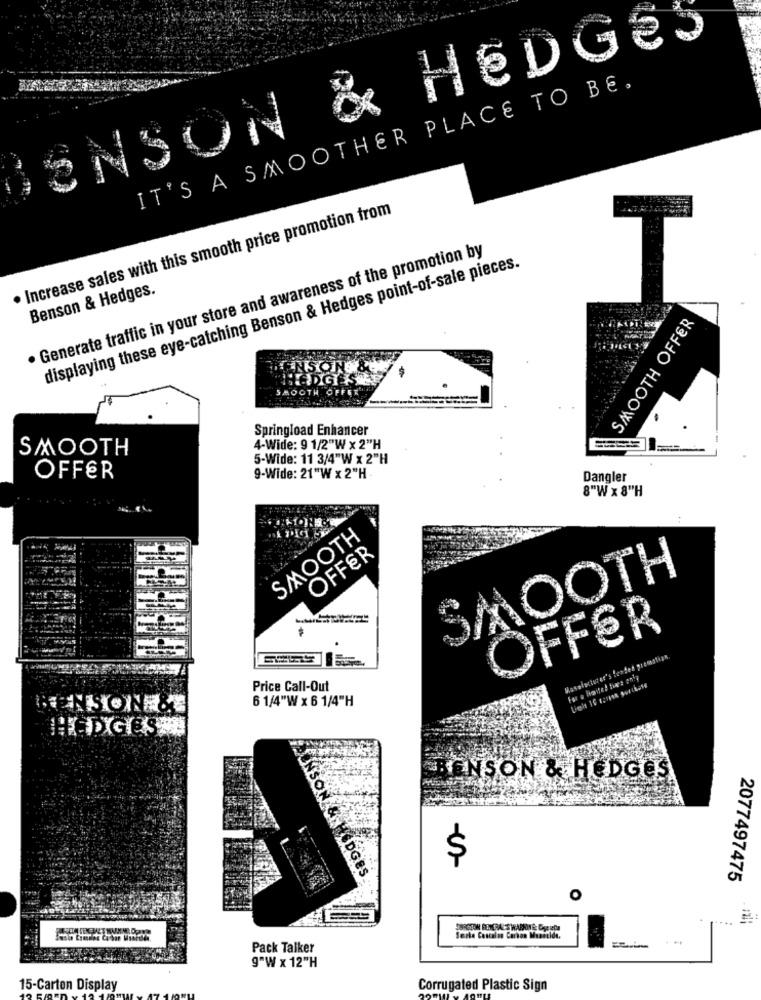
ENSON & HEDGES
IT'S A SMOOTHER PLACE TO BE,
. Increase sales with this smooth price promotion from
· Generate traffic in your store and awareness of the promotion by
displaying these eye-catching Benson & Hedges point-of-sale pieces.
Benson & Hedges.
SMOOTH OFFER
NSON 89
DG
SMOOTH O
Springload Enhancer
SMOOTH
4-Wide: 9 1/2"W x 2"H
5-Wide: 11 3/4"W x 2"H
OFFER
9-Wide: 21"W x 2"H
Dangler
8"W x 8"H
SMOOTH
OFFER
SMOOTH
OFFER
Price Call-Out
6 1/4"W x 6 1/4"H
HENSON.&E
ENSON & HEDGES
ENSON &
$
HEDGES
2077497475
O
...
Sarka Cascal in Carton Musetide.
Pack Talker
9"W x 12"H
15-Carton Display
Corrugated Plastic Sign